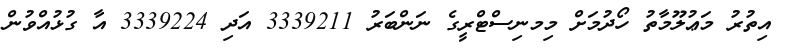
އިތުރު މަޢުލޫމާތު ހޯދުމަށް މިމނިސްޓްރީގެ ނަންބަރު 3339211 އަދި 3339224 އާ ގުޅުއްވުން